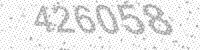
Solution: 426058